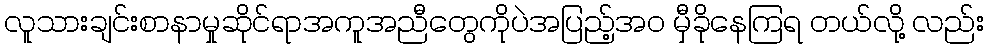
လူသားချင်းစာနာမှုဆိုင်ရာအကူအညီတွေကိုပဲအပြည့်အ၀ မှီခိုနေကြရ တယ်လို့ လည်း